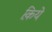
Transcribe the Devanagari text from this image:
क़िये